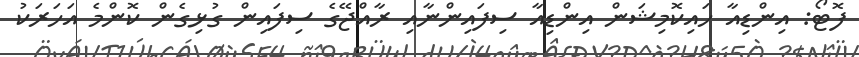
ފޮޓޯ: އިންޑިއާ ހައިކޮމިޝަން އިންޑިއާ ސިފައިންނާއި ރާއްޖޭގެ ސިފައިން ގުޅިގެން ކޮންމެ އަހަރަކު